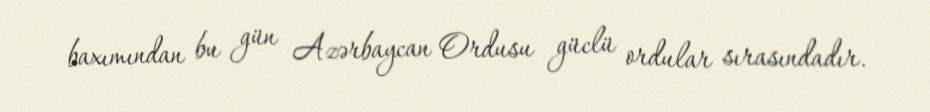
baxımından bu gün Azərbaycan Ordusu güclü ordular sırasındadır.